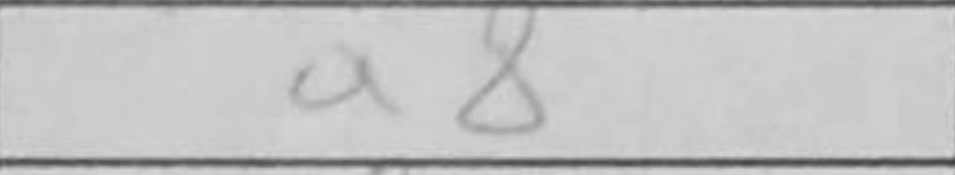
Transcription: a8